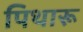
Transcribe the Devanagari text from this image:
पिथारू